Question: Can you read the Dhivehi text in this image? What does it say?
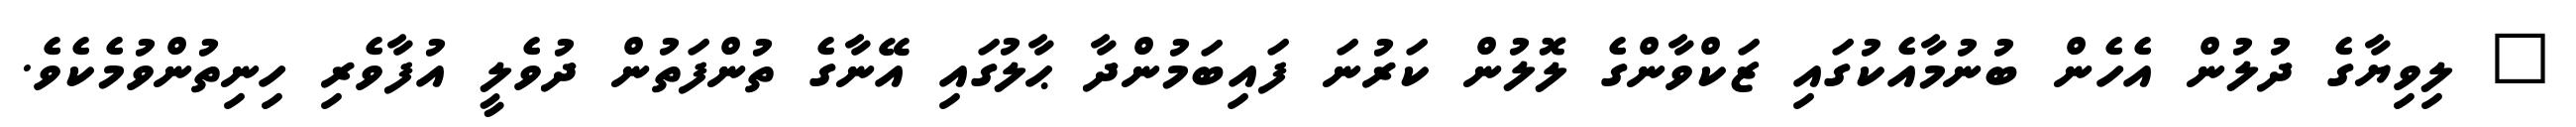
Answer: " ލިވިޔާގެ ދުލުން އެހެން ބުނުމާއެކުގައި ޒަކްވާންގެ ލޮލުން ކަރުނަ ފައިބަމުންދާ ޙާލުގައި އޭނާގެ ތުންފަތުން ދުވެލީ އުފާވެރި ހިނިތުންވުމެކެވެ.